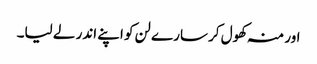
اور منہ کھول کر سارے لن کو اپنے اندر لے لیا۔